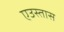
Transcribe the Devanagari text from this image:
एउस्तास